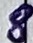
Text: 8